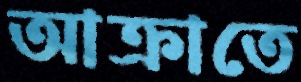
আক্রাতে